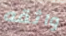
واثقه